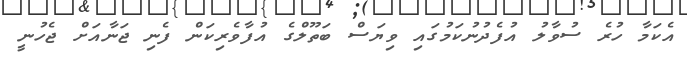
އެކަމާ ހުރެ ސުވާލު އުފެދުނުކަމުގައި ވިޔަސް ބަތޫލްގެ އުފާވެރިކަން ފެނި ޖަނާއަށް ޖެހުނީ